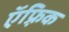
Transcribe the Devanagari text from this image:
ऍफ़्रिक